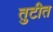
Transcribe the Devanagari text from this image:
तुटीत